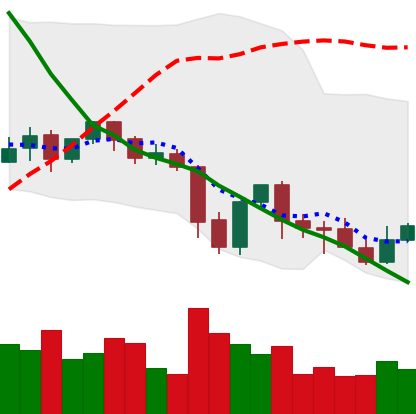
Ticker: XLM-USD
Chart end date: 2021-09-30
Forward return: 14.444%
Label: up_7plus